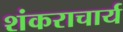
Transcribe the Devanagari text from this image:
शंकराचार्य